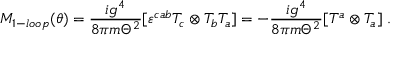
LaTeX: { \cal M } _ { 1 - l o o p } ( \theta ) = \frac { i g ^ { 4 } } { 8 \pi m \Theta ^ { 2 } } [ \varepsilon ^ { c a b } T _ { c } \otimes T _ { b } T _ { a } ] = - \frac { i g ^ { 4 } } { 8 \pi m \Theta ^ { 2 } } [ T ^ { a } \otimes T _ { a } ] \; .